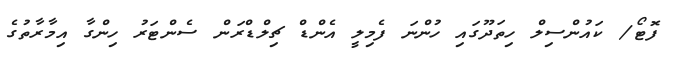
ފޮޓޯ/ ކައުންސިލް ހިތަދޫގައި ހުންނަ ފެމިލީ އެންޑް ޗިލްޑްރަން ސެންޓަރު ހިންގާ އިމާރާތުގެ